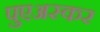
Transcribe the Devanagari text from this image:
पुएअस्कर